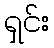
ရှင်း